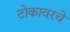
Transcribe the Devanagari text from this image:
टोकावरचे